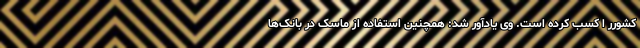
کشورر ا کسب کرده است. وی یادآور شد: همچنین استفاده از ماسک در بانک‌ها